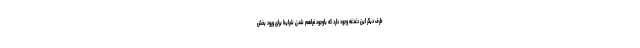
طرف دیگر این دغدغه وجود دارد که باوجود فراهم شدن شرایط برای ورود بخش